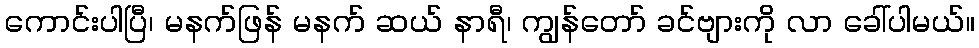
ကောင်းပါပြီ၊ မနက်ဖြန် မနက် ဆယ် နာရီ၊ ကျွန်တော် ခင်ဗျားကို လာ ခေါ်ပါမယ်။